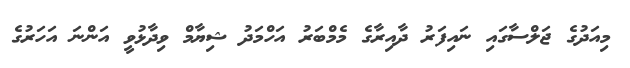
މިއަދުގެ ޖަލްސާގައި ނައިފަރު ދާއިރާގެ މެމްބަރު އަހްމަދު ޝިޔާމް ވިދާޅުވީ އަންނަ އަހަރުގެ